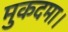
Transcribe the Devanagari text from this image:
मुकदमा।